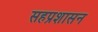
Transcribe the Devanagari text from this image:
सहप्रशासन